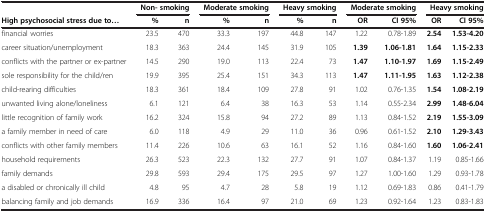
<table><thead><tr><td><b> </b></td><td colspan="2"><b>Non- smoking</b></td><td colspan="2"><b>Moderate smoking</b></td><td colspan="2"><b>Heavy smoking</b></td><td colspan="2"><b>Moderate smoking</b></td><td colspan="2"><b>Heavy smoking</b></td></tr><tr><td><b>High psychosocial stress due to...</b></td><td><b>%</b></td><td><b>n</b></td><td><b>%</b></td><td><b>n</b></td><td><b>%</b></td><td><b>n</b></td><td><b>OR</b></td><td><b>CI 95%</b></td><td><b>OR</b></td><td><b>CI 95%</b></td></tr></thead><tbody><tr><td>financial worries</td><td>23.5</td><td>470</td><td>33.3</td><td>197</td><td>44.8</td><td>147</td><td>1.22</td><td>0.78-1.89</td><td><b>2.54</b></td><td><b>1.53-4.20</b></td></tr><tr><td>career situation/unemployment</td><td>18.3</td><td>363</td><td>24.4</td><td>145</td><td>31.9</td><td>105</td><td><b>1.39</b></td><td><b>1.06-1.81</b></td><td><b>1.64</b></td><td><b>1.15-2.33</b></td></tr><tr><td>conflicts with the partner or ex-partner</td><td>14.5</td><td>290</td><td>19.0</td><td>113</td><td>22.4</td><td>73</td><td><b>1.47</b></td><td><b>1.10-1.97</b></td><td><b>1.69</b></td><td><b>1.15-2.49</b></td></tr><tr><td>sole responsibility for the child/ren</td><td>19.9</td><td>395</td><td>25.4</td><td>151</td><td>34.3</td><td>113</td><td><b>1.47</b></td><td><b>1.11-1.95</b></td><td><b>1.63</b></td><td><b>1.12-2.38</b></td></tr><tr><td>child-rearing difficulties</td><td>18.3</td><td>361</td><td>18.4</td><td>109</td><td>27.8</td><td>91</td><td>1.02</td><td>0.76-1.35</td><td><b>1.54</b></td><td><b>1.08-2.19</b></td></tr><tr><td>unwanted living alone/loneliness</td><td>6.1</td><td>121</td><td>6.4</td><td>38</td><td>16.3</td><td>53</td><td>1.14</td><td>0.55-2.34</td><td><b>2.99</b></td><td><b>1.48-6.04</b></td></tr><tr><td>little recognition of family work</td><td>16.2</td><td>324</td><td>15.8</td><td>94</td><td>27.2</td><td>89</td><td>1.13</td><td>0.84-1.52</td><td><b>2.19</b></td><td><b>1.55-3.09</b></td></tr><tr><td>a family member in need of care</td><td>6.0</td><td>118</td><td>4.9</td><td>29</td><td>11.0</td><td>36</td><td>0.96</td><td>0.61-1.52</td><td><b>2.10</b></td><td><b>1.29-3.43</b></td></tr><tr><td>conflicts with other family members</td><td>11.4</td><td>226</td><td>10.6</td><td>63</td><td>16.1</td><td>52</td><td>1.16</td><td>0.84-1.60</td><td><b>1.60</b></td><td><b>1.06-2.41</b></td></tr><tr><td>household requirements</td><td>26.3</td><td>523</td><td>22.3</td><td>132</td><td>27.7</td><td>91</td><td>1.07</td><td>0.84-1.37</td><td>1.19</td><td>0.85-1.66</td></tr><tr><td>family demands</td><td>29.8</td><td>593</td><td>29.4</td><td>175</td><td>29.5</td><td>97</td><td>1.27</td><td>1.00-1.60</td><td>1.29</td><td>0.93-1.78</td></tr><tr><td>a disabled or chronically ill child</td><td>4.8</td><td>95</td><td>4.7</td><td>28</td><td>5.8</td><td>19</td><td>1.12</td><td>0.69-1.83</td><td>0.86</td><td>0.41-1.79</td></tr><tr><td>balancing family and job demands</td><td>16.9</td><td>336</td><td>16.4</td><td>97</td><td>21.0</td><td>69</td><td>1.23</td><td>0.92-1.64</td><td>1.23</td><td>0.83-1.83</td></tr></tbody></table>